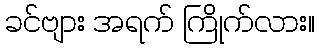
ခင်ဗျား အရက် ကြိုက်လား။